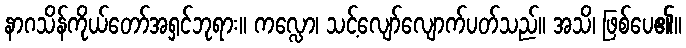
နာဂသိန်ကိုယ်တော်အရှင်ဘုရား။ ကလ္လော၊ သင့်လျော်လျောက်ပတ်သည်။ အသိ၊ ဖြစ်ပေ၏။